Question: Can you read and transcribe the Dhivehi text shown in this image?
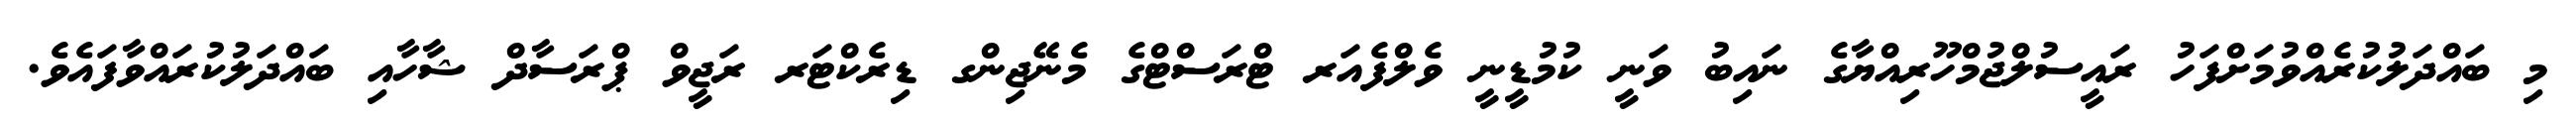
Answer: މި ބައްދަލުކުރެއްވުމަށްފަހު ރައީސުލްޖުމްހޫރިއްޔާގެ ނައިބު ވަނީ ކުމުޑީނީ ވެލްފެއަރ ޓްރަސްޓްގެ މެނޭޖިންގ ޑިރެކްޓަރ ރަޖީވް ޕްރަސާދް ޝާހާއި ބައްދަލުކުރައްވާފައެވެ.